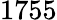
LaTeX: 1755